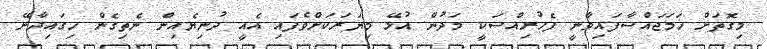
މިގޮތަށް ހަމަޖައްސާފައިވާނީ ފެހުރިއްސަކީ މަދުން އުޅޭ މިޔަރަކަށްވެފައި އެއީ ދުނިޔެއިން ނެތިގެން ހިގައިދާނޭ